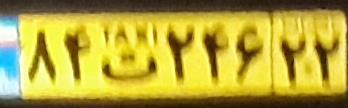
۸۴ت۲۴۶۲۲